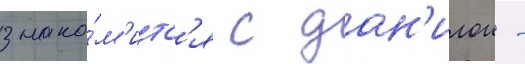
знако́м'итс'я с дан'илои -